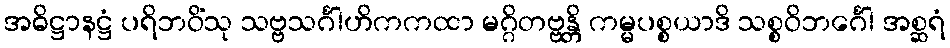
အဓိဋ္ဌာနဋ္ဌံ ပရိဘဝိံသု သဗ္ဗသင်္ဂါဟိကကထာ မဂ္ဂိတဗ္ဗန္တိ ကမ္မပစ္စယာဒိ သစ္စဝိဘင်္ဂေါ အစ္ဆရံ